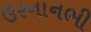
ઉરનાનભી